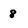
Character: 8